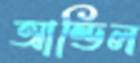
আন্ডিল